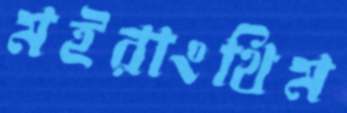
মইরাংথিম